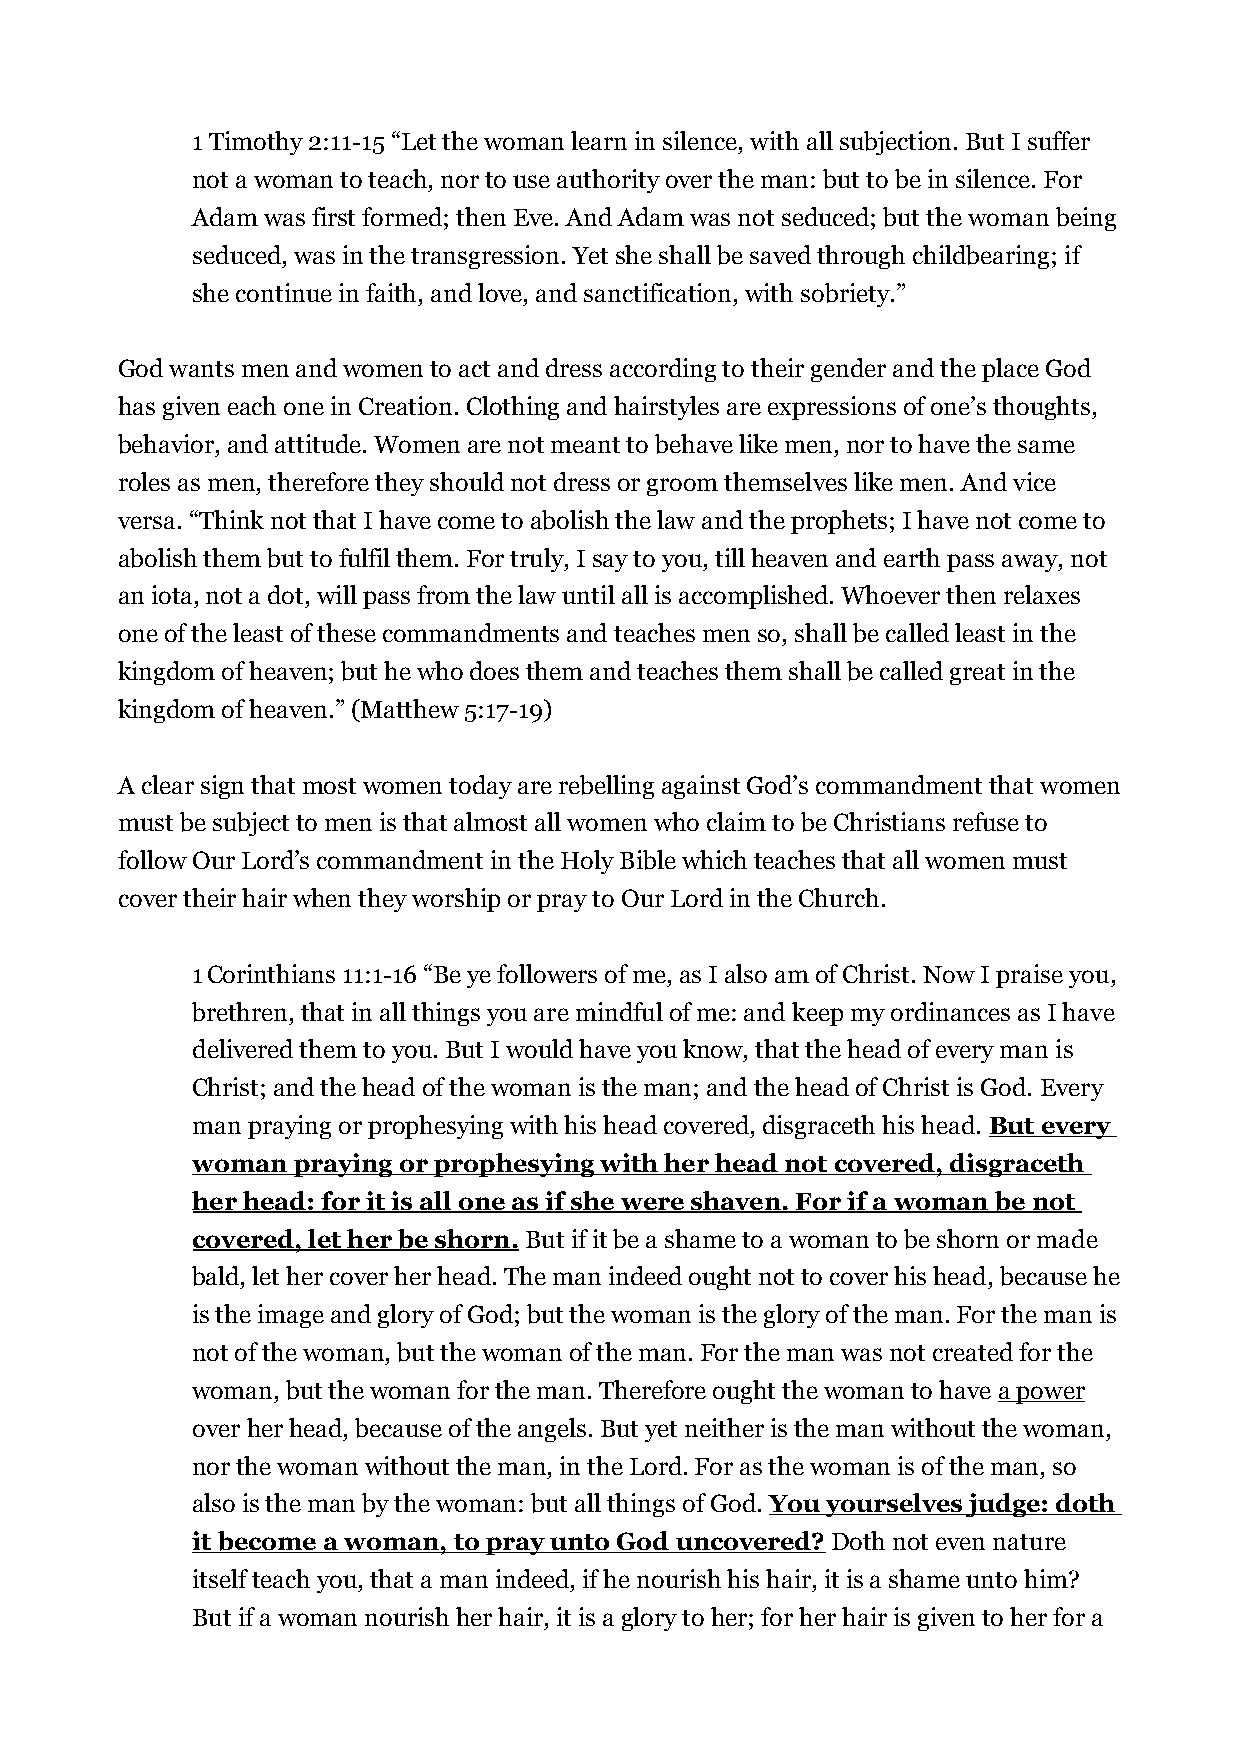
1 Timothy 2:11-15 “Let the woman learn in silence, with all subjection. But I suffer
 not a woman to teach, nor to use authority over the man: but to be in silence. For
 Adam was first formed; then Eve. And Adam was not seduced; but the woman being
 seduced, was in the transgression. Yet she shall be saved through childbearing; if
 she continue in faith, and love, and sanctification, with sobriety.”
 God wants men and women to act and dress according to their gender and the place God
 has given each one in Creation. Clothing and hairstyles are expressions of one’s thoughts,
 behavior, and attitude. Women are not meant to behave like men, nor to have the same
 roles as men, therefore they should not dress or groom themselves like men. And vice
 versa. “Think not that I have come to abolish the law and the prophets; I have not come to
 abolish them but to fulfil them. For truly, I say to you, till heaven and earth pass away, not
 an iota, not a dot, will pass from the law until all is accomplished. Whoever then relaxes
 one of the least of these commandments and teaches men so, shall be called least in the
 kingdom of heaven; but he who does them and teaches them shall be called great in the
 kingdom of heaven.” (Matthew 5:17-19)
 A clear sign that most women today are rebelling against God’s commandment that women
 must be subject to men is that almost all women who claim to be Christians refuse to
 follow Our Lord’s commandment in the Holy Bible which teaches that all women must
 cover their hair when they worship or pray to Our Lord in the Church.
 1 Corinthians 11:1-16 “Be ye followers of me, as I also am of Christ. Now I praise you,
 brethren, that in all things you are mindful of me: and keep my ordinances as I have
 delivered them to you. But I would have you know, that the head of every man is
 Christ; and the head of the woman is the man; and the head of Christ is God. Every
 man praying or prophesying with his head covered, disgraceth his head. But every
 woman praying or prophesying with her head not covered, disgraceth
 her head: for it is all one as if she were shaven. For if a woman be not
 covered, let her be shorn. But if it be a shame to a woman to be shorn or made
 bald, let her cover her head. The man indeed ought not to cover his head, because he
 is the image and glory of God; but the woman is the glory of the man. For the man is
 not of the woman, but the woman of the man. For the man was not created for the
 woman, but the woman for the man. Therefore ought the woman to have a power
 over her head, because of the angels. But yet neither is the man without the woman,
 nor the woman without the man, in the Lord. For as the woman is of the man, so
 also is the man by the woman: but all things of God. You yourselves judge: doth
 it become a woman, to pray unto God uncovered? Doth not even nature
 itself teach you, that a man indeed, if he nourish his hair, it is a shame unto him?
 But if a woman nourish her hair, it is a glory to her; for her hair is given to her for a